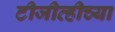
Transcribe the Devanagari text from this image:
टीजीव्हीच्या